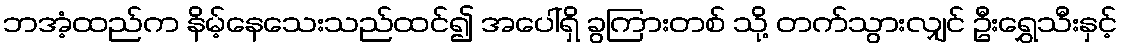
ဘအံ့ထည်က နိမ့်နေသေးသည်ထင်၍ အပေါ်ရှိ ခွကြားတစ် သို့ တက်သွားလျှင် ဦးရွှေသီးနှင့်